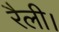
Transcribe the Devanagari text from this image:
रैली।